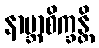
နာဗ္ဘာစိက္ခန္တိ